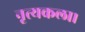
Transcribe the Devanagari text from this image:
नृत्‍यकला।